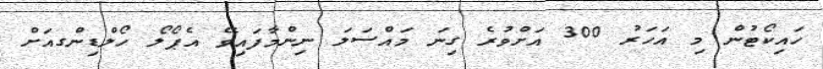
ހައިކޯޓުން މި އަހަރު 300 އަށްވުރެ ގިނަ މައްސަލަ ނިންމާފައިވޭ އެޕޯލޯ ހޯލްޑިންގއަށް